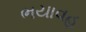
ભયાવહ